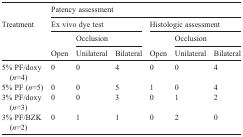
<table><thead><tr><td></td><td colspan="6"><b>Patency assessment</b></td></tr><tr><td rowspan="3"><b>Treatment</b></td><td colspan="3"><b>Ex vivo dye test</b></td><td colspan="3"><b>Histologic assessment</b></td></tr><tr><td></td><td colspan="2"><b>Occlusion</b></td><td></td><td colspan="2"><b>Occlusion</b></td></tr><tr><td><b>Open</b></td><td><b>Unilateral</b></td><td><b>Bilateral</b></td><td><b>Open</b></td><td><b>Unilateral</b></td><td><b>Bilateral</b></td></tr></thead><tbody><tr><td>5% PF/doxy (<i>n</i>=4)</td><td>0</td><td>0</td><td>4</td><td>0</td><td>0</td><td>4</td></tr><tr><td>5% PF (<i>n</i>=5)</td><td>0</td><td>0</td><td>5</td><td>1</td><td>0</td><td>4</td></tr><tr><td>3% PF/doxy (<i>n</i>=3)</td><td>0</td><td>0</td><td>3</td><td>0</td><td>1</td><td>2</td></tr><tr><td>3% PF/BZK (<i>n</i>=2)</td><td>0</td><td>1</td><td>1</td><td>0</td><td>2</td><td>0</td></tr></tbody></table>